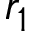
r _ { 1 }